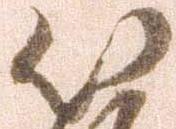
以